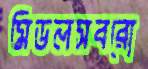
মিডলসবরো